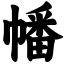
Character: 幡